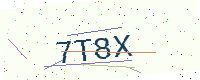
Text: 7T8X